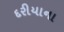
દરીયાના